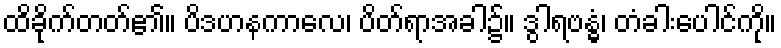
ထိခိုက်တတ်၏။ ပိဒဟနကာလေ၊ ပိတ်ရာအခါ၌။ ဒွါရဗန္ဓံ၊ တံခါးပေါင်ကို။